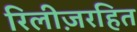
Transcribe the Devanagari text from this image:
रिलीज़रहित